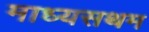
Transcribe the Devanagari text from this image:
माध्यसथम